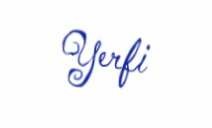
Yerfi